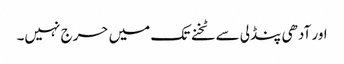
اور آدھی پنڈلی سے ٹخنے تک میں حرج نہیں۔